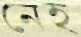
নেহ